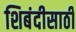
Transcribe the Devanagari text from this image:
शिबंदीसाठी